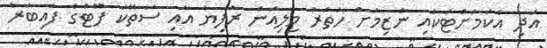
އަދި އެކަމަށްޓަކައި ނާޒިމަށް ހަތަރު މިލިއަން ރުފިޔާ އާއި ސަތޭކަ ފޫޓުގެ ފައިބަރު